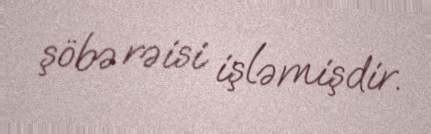
şöbə rəisi işləmişdir.